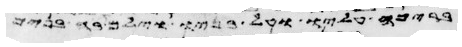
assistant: ויעשו על שולי המעיל רמוני